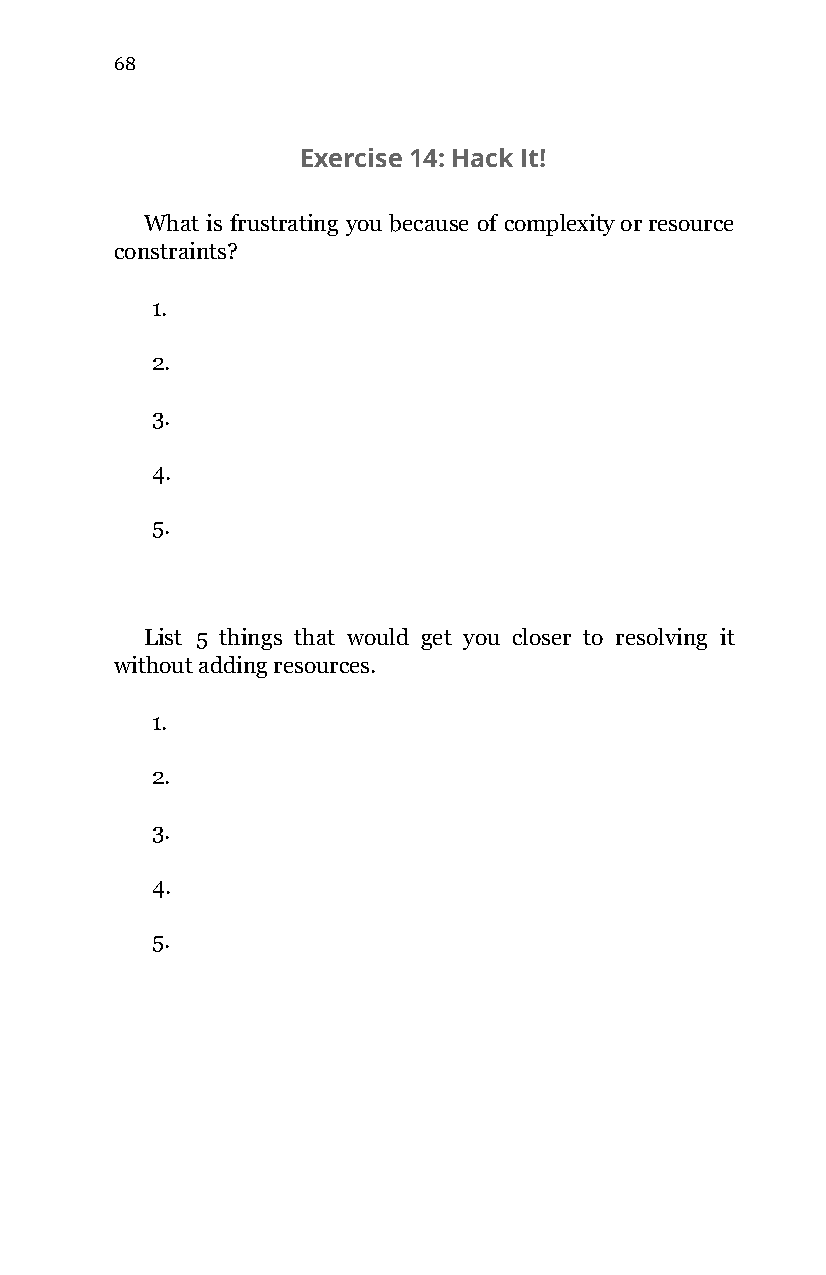
68
 Exercise 14: Hack It!
 What is frustrating you because of complexity or resource
 constraints?
 1.
 2.
 3.
 4.
 5.
 List 5 things that would get you closer to resolving it
 without adding resources.
 1.
 2.
 3.
 4.
 5.